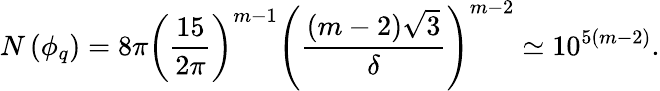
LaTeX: N\left(\phi_{q}\right)=8\pi\left(\frac{15}{2\pi}\right)^{m-1}\left(\frac{(m-2)\sqrt{3}}{\delta}\right)^{m-2}\simeq 10^{5\left(m-2\right)}.